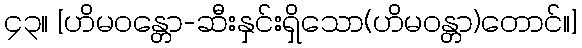
၄၃။ [ဟိမဝန္တော-ဆီးနှင်းရှိသော(ဟိမဝန္တာ)တောင်။]